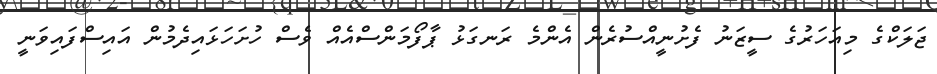
ޖަލަކްގެ މިއަހަރުގެ ސީޒަނު ފެށުނީއްސުރެން އެންމެ ރަނގަޅު ޕާފޯމަންސްއެއް ވެސް ހުށަހަޅައިދެމުން އައިސްފައިވަނީ